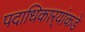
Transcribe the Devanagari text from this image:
पदाधिकार्‍यांकडे